65_HS1-834228961_62-HQ-83894_Section_5
Agency: FBI
Page 38
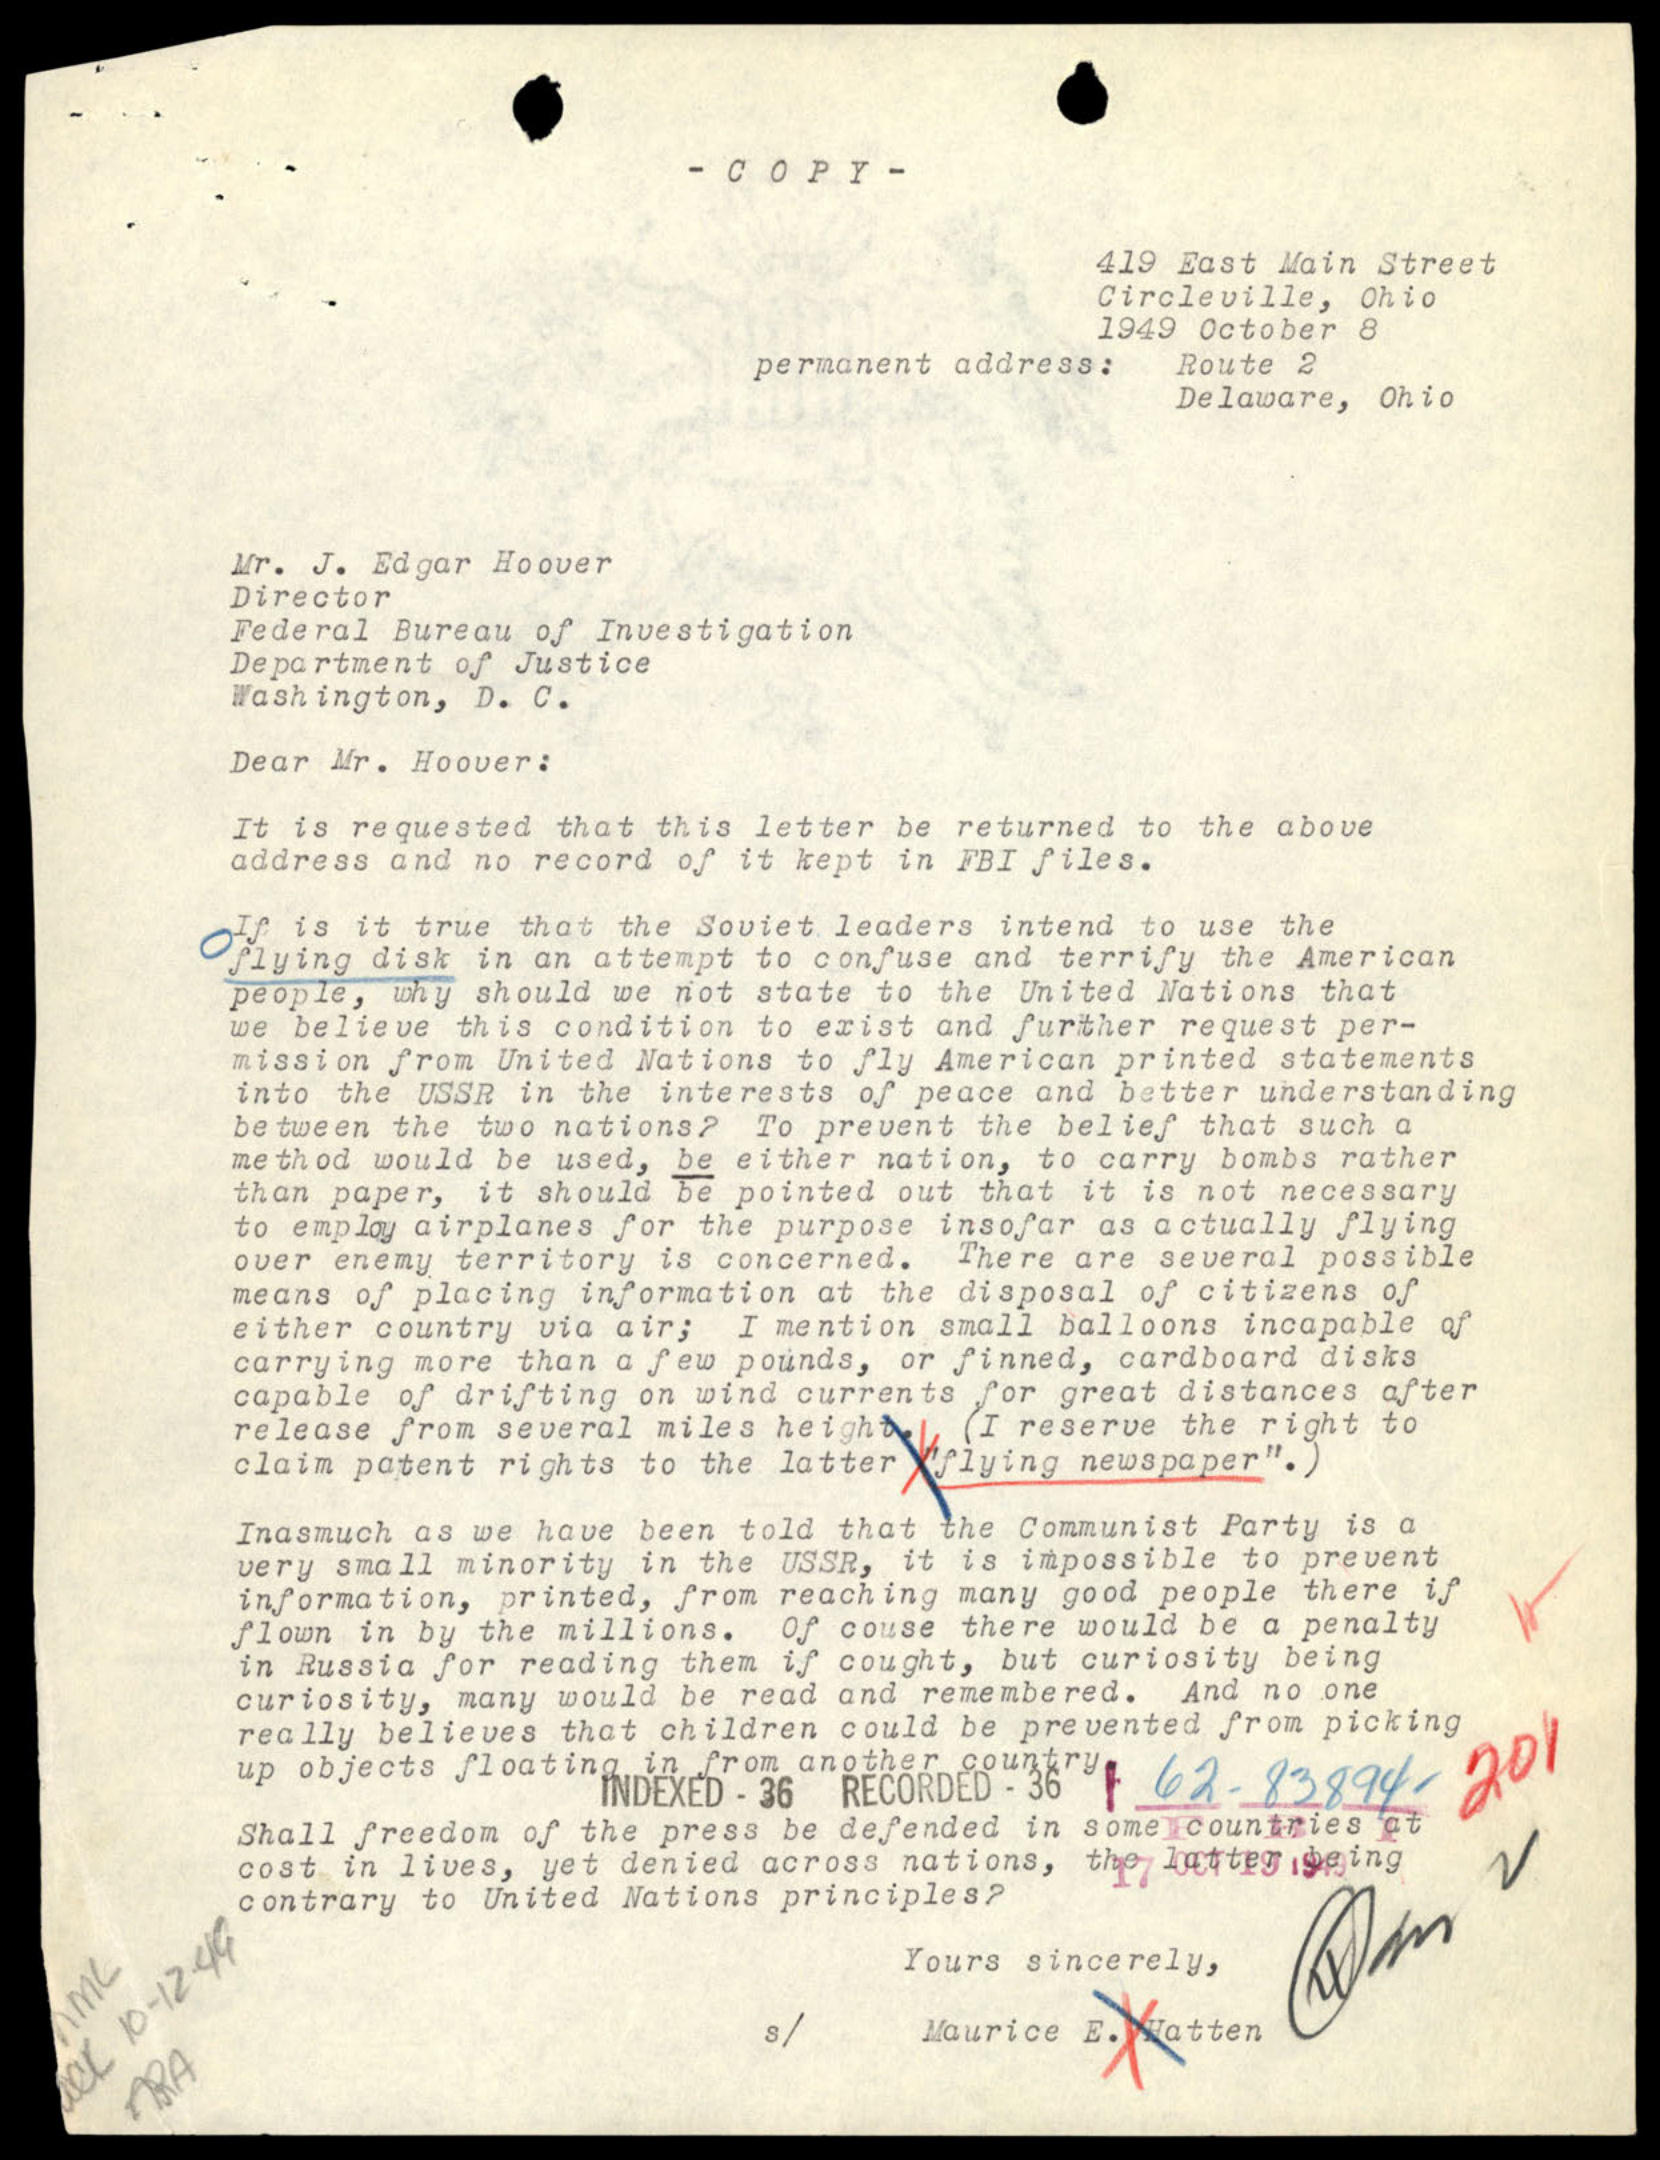